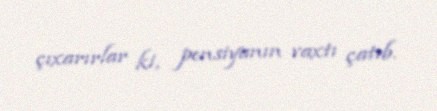
çıxarırlar ki, pensiyanın vaxtı çatıb.